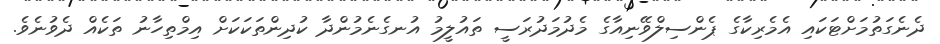
ދެނެގަތުމަށްޓަކައި އެމެރިކާގެ ޕެންސިލްވޭނިއާގެ މެދުމަދުރަސީ ތައުލީމު އުނގެނެމުންދާ ކުދިންތަކަކަށް އިމްތިހާނު ތަކެއް ދެވުނެވެ.